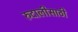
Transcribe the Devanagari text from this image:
रुदालीसाठी